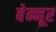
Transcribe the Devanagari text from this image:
बेन्नूर